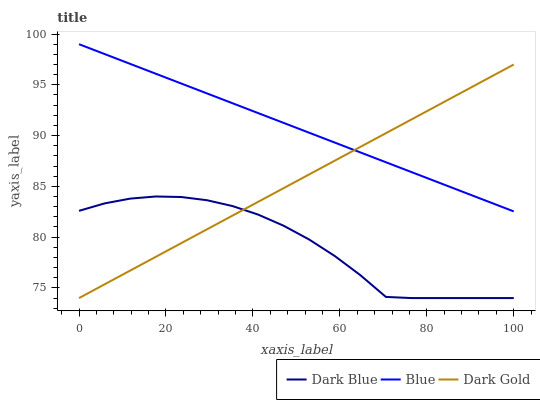
| xaxis_label | Dark Blue | Blue | Dark Gold |
 | --- | --- | --- | --- |
 | 0 | 82.6 | 99 | 74 |
 | 5.88 | 83.3 | 98 | 75.4 |
 | 11.8 | 83.8 | 97.1 | 76.7 |
 | 17.6 | 84 | 96.1 | 78.1 |
 | 23.5 | 84 | 95.1 | 79.4 |
 | 29.4 | 83.6 | 94.2 | 80.8 |
 | 35.3 | 83.1 | 93.2 | 82.1 |
 | 41.2 | 82.2 | 92.2 | 83.5 |
 | 47.1 | 81.1 | 91.3 | 84.8 |
 | 52.9 | 79.8 | 90.3 | 86.2 |
 | 58.8 | 78.1 | 89.3 | 87.5 |
 | 64.7 | 76.3 | 88.3 | 88.9 |
 | 70.6 | 74.1 | 87.4 | 90.2 |
 | 76.5 | 74 | 86.4 | 91.6 |
 | 82.4 | 74 | 85.4 | 92.9 |
 | 88.2 | 74 | 84.5 | 94.3 |
 | 94.1 | 74 | 83.5 | 95.6 |
 | 100 | 74 | 82.5 | 97 |